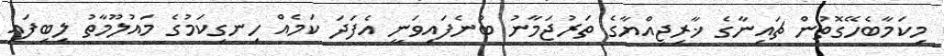
މިކަމާބެހޭގޮތުން ޗައިނާގެ ޚާރިޖިއްޔާގެ ތަރުޖަމާނު ބުނެފައިވަނީ އެފަދަ ކަމެއް ހިނގިކަމުގެ މައުލޫމާތު ލިބިފައި